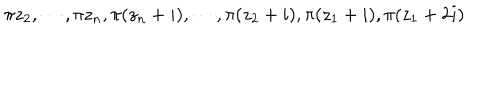
\pi z _ { 2 } , \cdots , \pi z _ { n } , \pi ( z _ { n } + i ) , \cdots , \pi ( z _ { 2 } + i ) , \pi ( z _ { 1 } + i ) , \pi ( z _ { 1 } + 2 i )